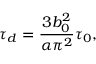
\tau _ { d } = \frac { 3 b _ { 0 } ^ { 2 } } { \alpha \pi ^ { 2 } } \tau _ { 0 } ,